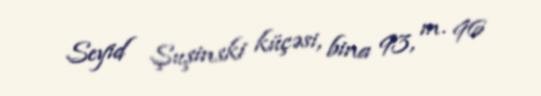
Seyid Şuşinski küçəsi, bina 93, m. 96